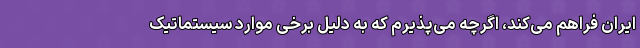
ایران فراهم می‌کند، اگرچه می‌پذیرم که به دلیل برخی موارد سیستماتیک